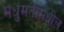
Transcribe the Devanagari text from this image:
मधुमतीमधील